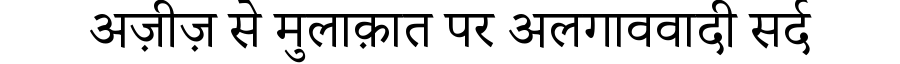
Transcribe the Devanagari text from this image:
अज़ीज़ से मुलाक़ात पर अलगाववादी सर्द